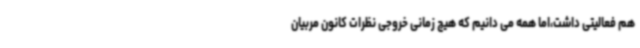
هم فعالیتی داشت،اما همه می دانیم که هیچ زمانی خروجی نظرات کانون مربیان